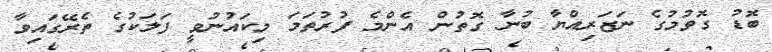
ބޮޑު ގޮވުމުގެ ނަޒަރިއްޔާ ބުނާ ގޮތުން އެންމެ ފުރުތަމަ މިކައުނުވީ ފަލަކުގެ ތެރޭގައިވާ